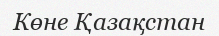
Көне Қазақстан